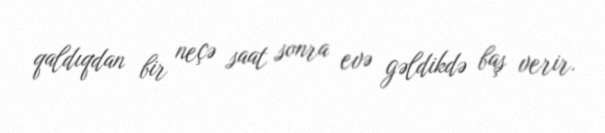
qaldıqdan bir neçə saat sonra evə gəldikdə baş verir.